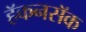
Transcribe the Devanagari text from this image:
हॅकनसॅक